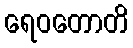
ရေဝတောတိ